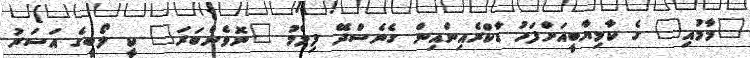
"މާމުއި" ގެ ކާމިޔާބީއަށްފަހު ޑާކްރެއިންއިން ގެނެސްދޭ ފިލްމު "ނޮވެންބަރަ" ކީ ލޯބީގެ އަސަރު